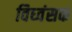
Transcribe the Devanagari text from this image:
विध्‍वंसक